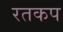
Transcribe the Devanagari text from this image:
रतकप